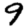
Digit: 9